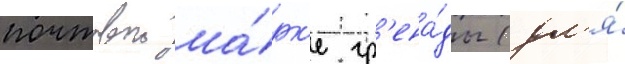
почтовои ма́рк'е гр'ена́ды (дл'я́